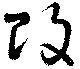
改